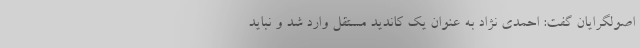
اصولگرایان گفت: احمدی نژاد به عنوان یک کاندید مستقل وارد شد و نباید